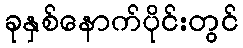
ခုနှစ်နောက်ပိုင်းတွင်